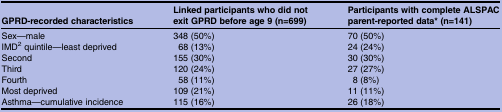
<table><thead><tr><td><b>GPRD-recorded characteristics</b></td><td><b>Linked participants who did not exit GPRD before age 9 (n=699)</b></td><td><b>Participants with complete ALSPAC parent-reported data* (n=141)</b></td></tr></thead><tbody><tr><td>Sex—male</td><td>348 (50%)</td><td>70 (50%)</td></tr><tr><td>IMD<sup>2</sup> quintile—least deprived</td><td>68 (13%)</td><td>24 (24%)</td></tr><tr><td>Second</td><td>155 (30%)</td><td>30 (30%)</td></tr><tr><td>Third</td><td>120 (24%)</td><td>27 (27%)</td></tr><tr><td>Fourth</td><td>58 (11%)</td><td>8 (8%)</td></tr><tr><td>Most deprived</td><td>109 (21%)</td><td>11 (11%)</td></tr><tr><td>Asthma—cumulative incidence</td><td>115 (16%)</td><td>26 (18%)</td></tr></tbody></table>